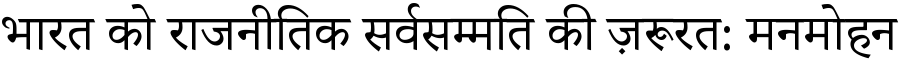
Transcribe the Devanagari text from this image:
भारत को राजनीतिक सर्वसम्मति की ज़रूरत: मनमोहन